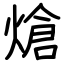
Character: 熗